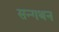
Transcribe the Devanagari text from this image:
सन्गथन